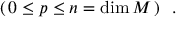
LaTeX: ( \, 0 \leq p \leq n = \mathrm { d i m } \, M \, ) \ \ .